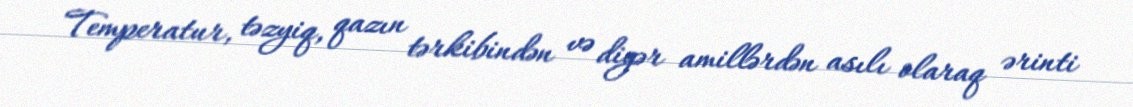
Temperatur, təzyiq, qazın tərkibindən və digər amillərdən asılı olaraq ərinti